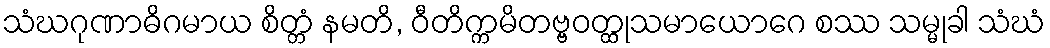
သံဃဂုဏာဓိဂမာယ စိတ္တံ နမတိ, ဝီတိက္ကမိတဗ္ဗဝတ္ထုသမာယောဂေ စဿ သမ္မုခါ သံဃံ